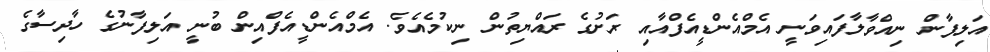
އަލިފާން ނިއްވާލާފައިވަނީ އެމްއެންޑީއެފްއާއި ރަށުގެ ރައްޔިތުން ނިކުމެއެވެ. އެމްއެންޑީއެފްއިން ބުނީ އަލިފާނުގެ ހާދިސާގެ